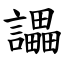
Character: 讄